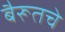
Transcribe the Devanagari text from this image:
बैरूतचे